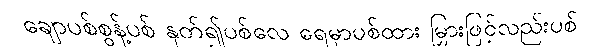
ချောပစ်စွန့်ပစ် နုတ်၍ပစ်လေ ရေမှာပစ်ထား မြှားဖြင့်လည်းပစ်